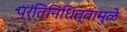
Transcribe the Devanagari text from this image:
प्रतिनिधित्वामुळे